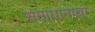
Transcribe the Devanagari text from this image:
समाधानाचा